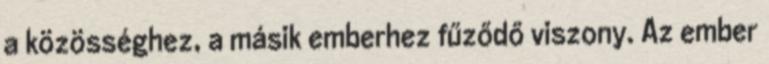
a közösséghez, a másik emberhez fűződő viszony. Az ember